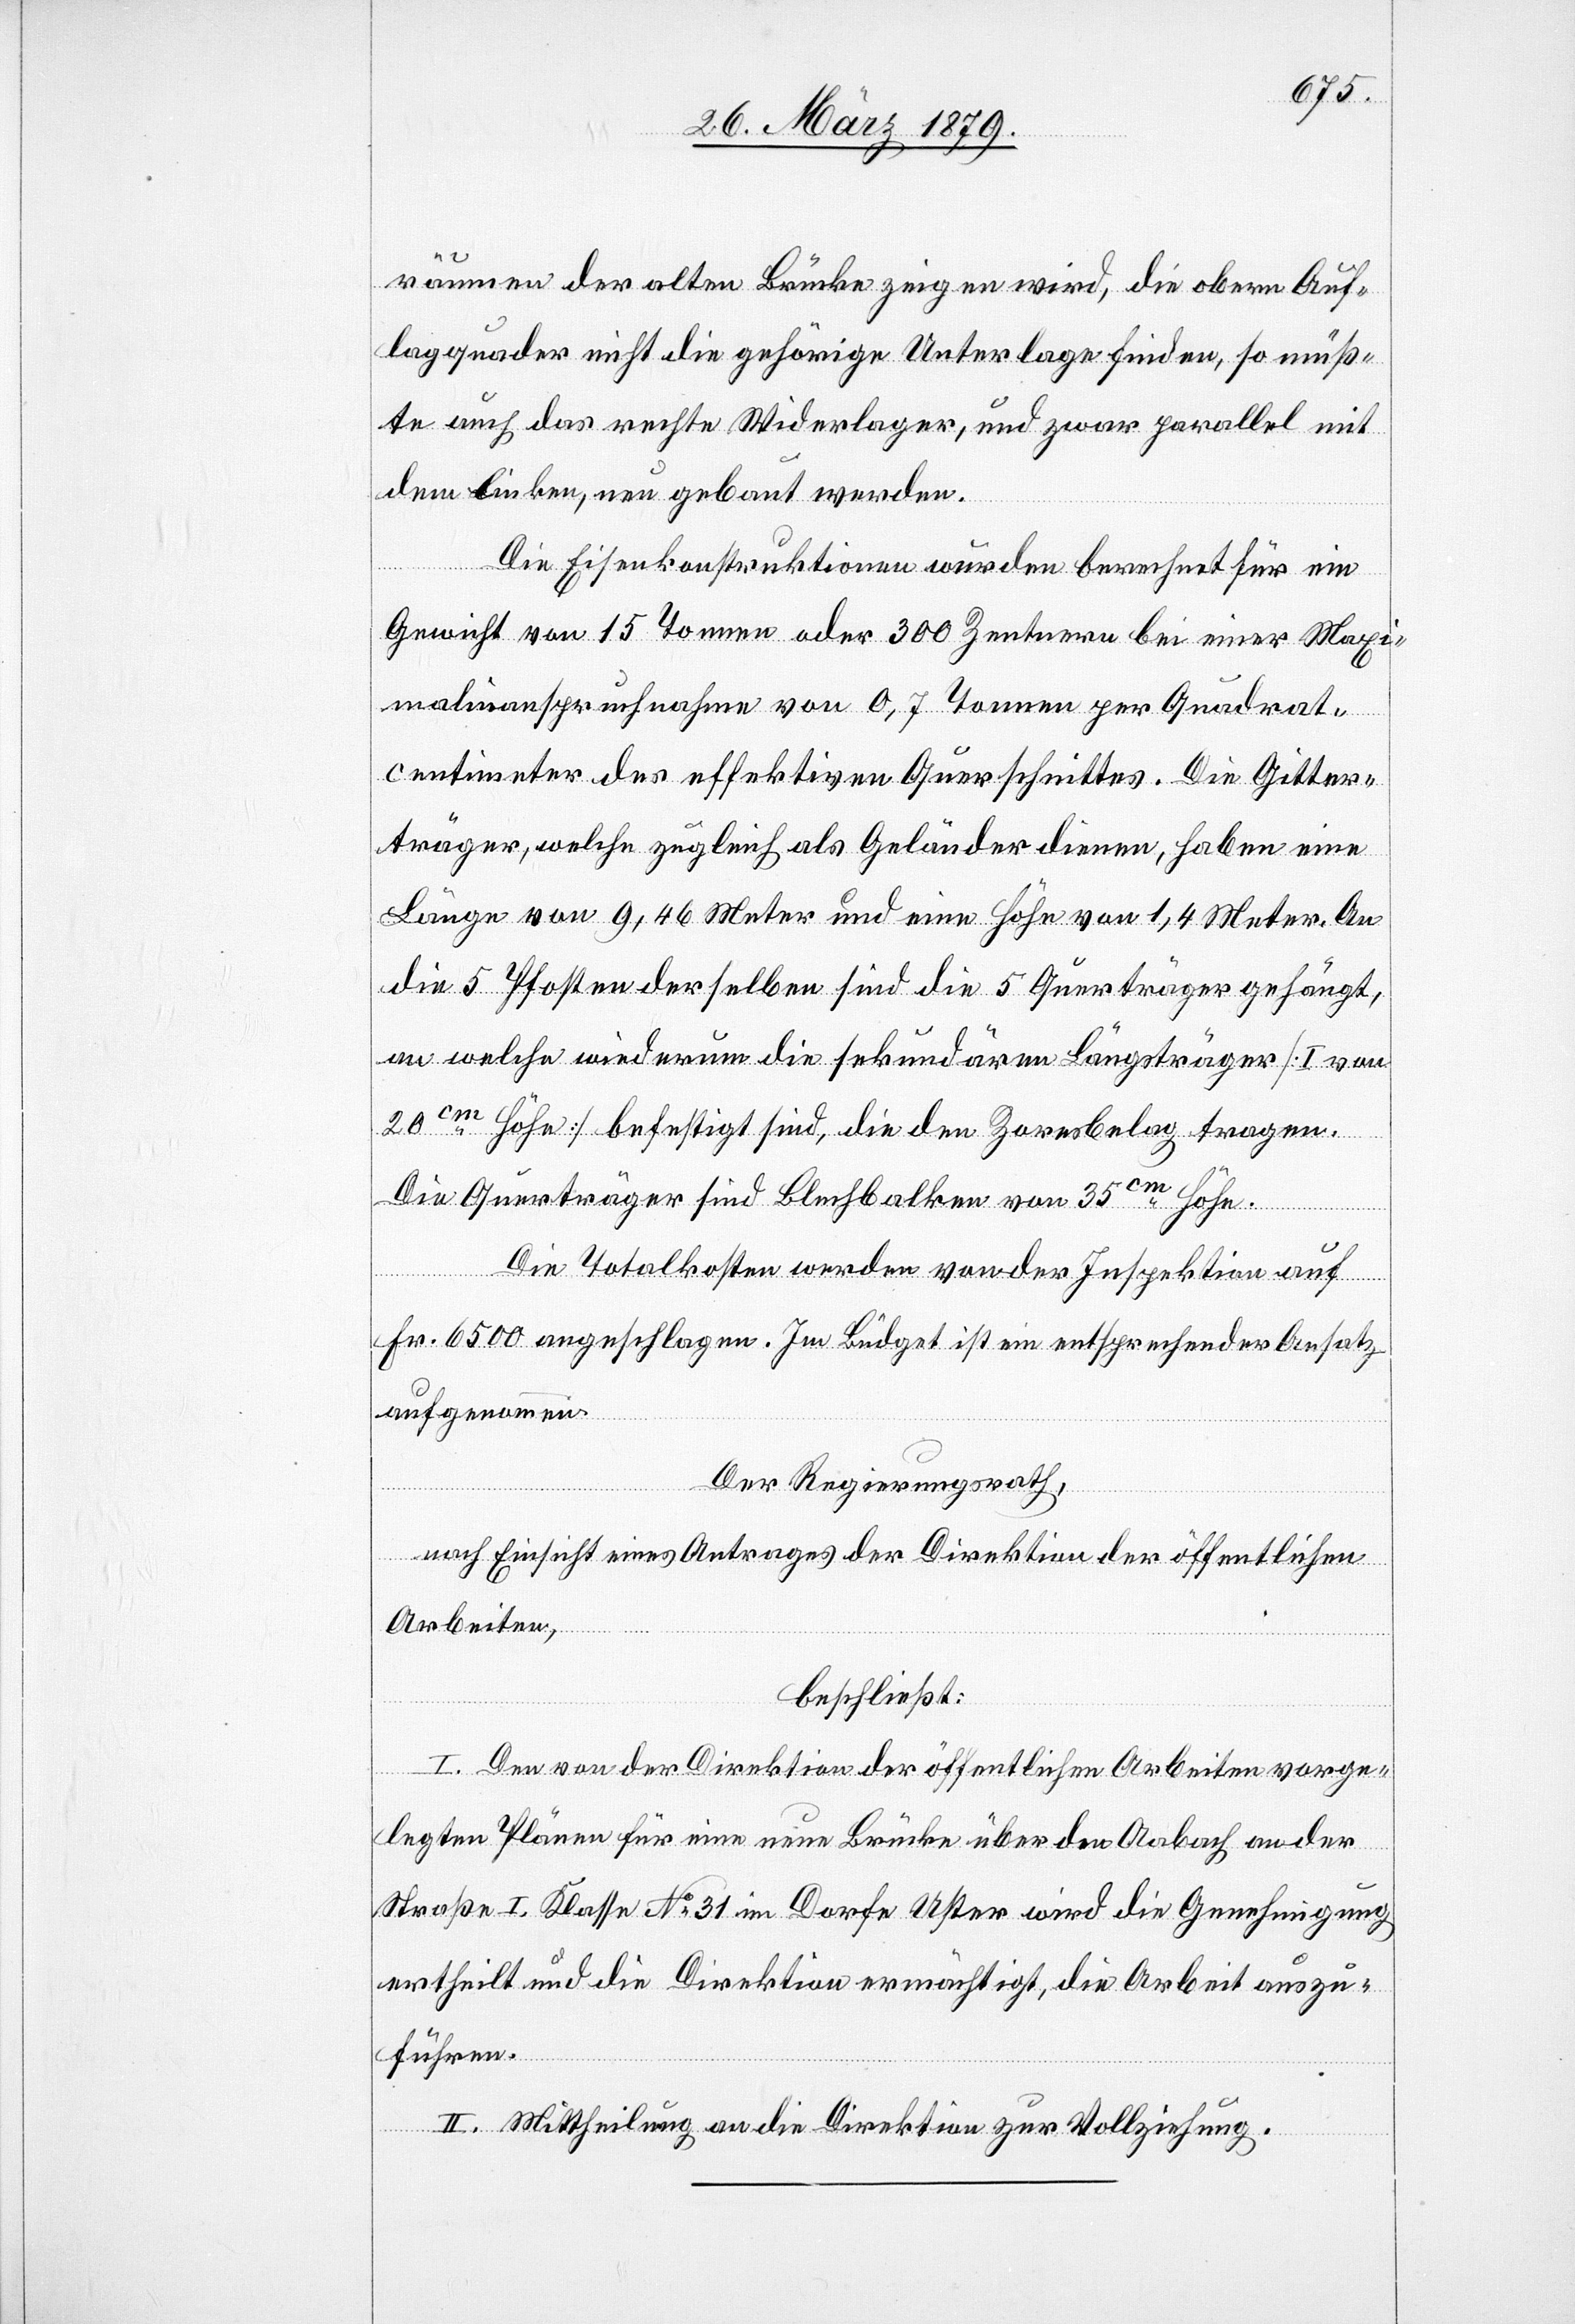
räumen der alten Brücke zeigen wird, die obern Auf¬
lagquader nicht die gehörige Unterlage finden, so müß¬
te auch das rechte Widerlager, und zwar parallel mit
dem linken, neu gebaut werden.
Die Eisenkonstruktionen wurden berechnet für ein
Gewicht von 15 Tonnen oder 300 Zentnern bei einer Maxi¬
malinanspruchnahme von 0,7 Tonnen per Quadrat¬
centimeter des effektiven Querschnittes. Die Gitter¬
träger, welche zugleich als Geländer dienen, haben eine
Länge von 9,46 Meter und eine Höhe von 1,4 Meter. An
die 5 Pfosten derselben sind die 5 Querträger gehängt,
an welche wiederum die sekundären Längsträger [I von
20cm Höhe] befestigt sind, die den Zoresbelag tragen.
Die Querträger sind Blechbalken von 35cm Höhe.
Die Totalkosten werden von der Inspektion auf
Fr. 6500 angeschlagen. Im Büdget ist ein entsprechender Ansatz
aufgenommen.
Der Regierungsrath,
nach Einsicht eines Antrages der Direktion der öffentlichen
Arbeiten,
beschließt:
I. Den von der Direktion der öffentlichen Arbeiten vorge¬
legten Plänen für eine neue Brücke über den Aabach an der
Straße I. Klasse No 31 im Dorfe Uster wird die Genehmigung
ertheilt und die Direktion ermächtigt, die Arbeit auszu¬
führen.
II. Mittheilung an die Direktion zur Vollziehung.